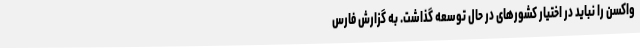
واکسن را نباید در اختیار کشورهای در حال توسعه گذاشت. به گزارش فارس